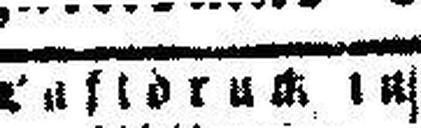
Luftdruck in